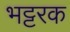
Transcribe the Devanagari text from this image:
भट्टरक